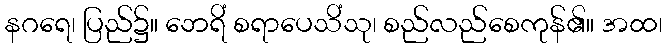
နဂရေ၊ ပြည်၌။ ဘေရိံ စရာပေသိံသု၊ စည်လည်စေကုန်၏။ အထ၊